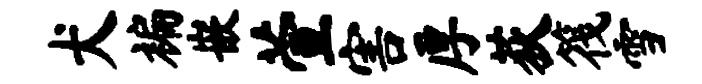
犬褊嵌萱害厚荻筏雪